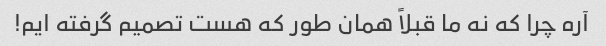
آره چرا که نه ما قبلاً همان طور که هست تصمیم گرفته ایم!